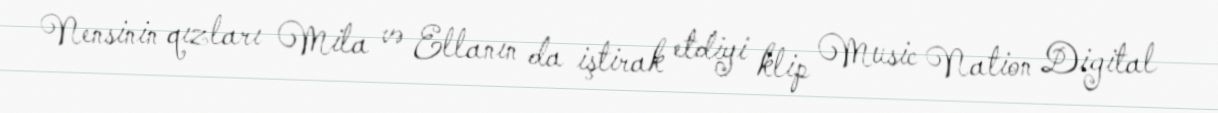
Nensinin qızları Mila və Ellanın da iştirak etdiyi klip Music Nation Digital